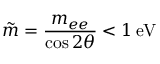
\tilde { m } = \frac { m _ { e e } } { \cos { 2 \theta } } < 1 \, \mathrm { e V }